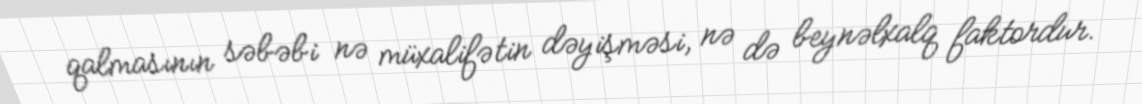
qalmasının səbəbi nə müxalifətin dəyişməsi, nə də beynəlxalq faktordur.